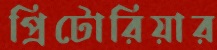
প্রিটোরিয়ার